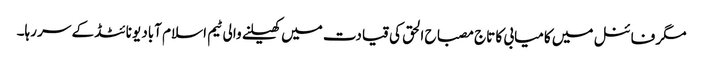
مگر فائنل میں کامیابی کا تاج مصباح الحق کی قیادت میں کھیلنے والی ٹیم اسلام آباد یونائٹڈ کے سر رہا۔